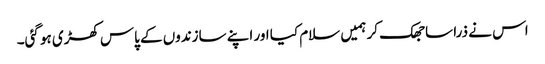
اس نے ذرا سا جھک کر ہمیں سلام کیا اور اپنے سازندوں کے پاس کھڑی ہو گئی۔